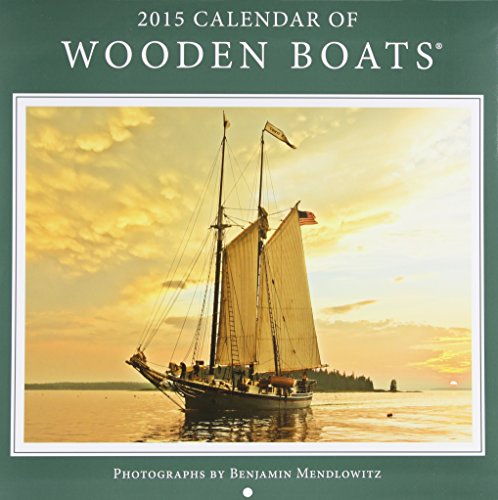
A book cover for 2015 Calendar of Wooden Boats; Calendars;